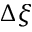
\Delta \xi